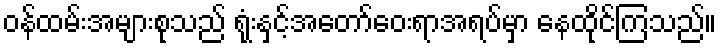
ဝန်ထမ်းအများစုသည် ရုံးနှင့်အတော်ဝေးရာအရပ်မှာ နေထိုင်ကြသည်။